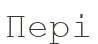
Пері